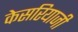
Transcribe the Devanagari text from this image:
केसरियाजी